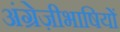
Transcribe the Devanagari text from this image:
अंग्रेज़ीभाषियों